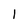
Character: l